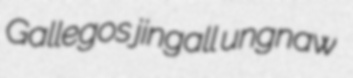
Gallegos jingall ungnaw